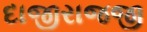
દાજીરાજજી